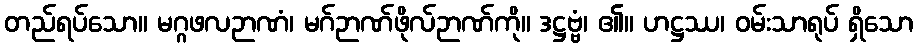
တည်ရပ်သော။ မဂ္ဂဖလဉာဏံ၊ မဂ်ဉာဏ်ဖိုလ်ဉာဏ်ကို။ ဒဋ္ဌဗ္ဗံ၊ ၏။ ဟဋ္ဌဿ၊ ဝမ်းသာရုပ် ရှိသော